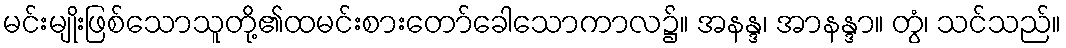
မင်းမျိုးဖြစ်သောသူတို့၏ထမင်းစားတော်ခေါသောကာလ၌။ အနန္ဒ၊ အာနန္ဒာ။ တွံ၊ သင်သည်။